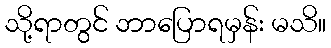
သို့ရာတွင် ဘာပြောရမှန်း မသိ။